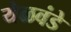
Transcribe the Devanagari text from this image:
येळवंडे